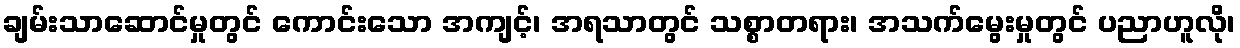
ချမ်းသာဆောင်မှုတွင် ကောင်းသော အကျင့်၊ အရသာတွင် သစ္စာတရား၊ အသက်မွေးမှုတွင် ပညာဟူလို၊